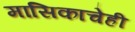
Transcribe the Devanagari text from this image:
मासिकाचेही